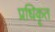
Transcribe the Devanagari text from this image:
प्रधिकृत